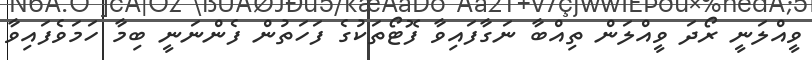
ވީއްލަނީ ރޯދަ ވީއްލަން ތިއްބާ ނަގާފައިވާ ފޮޓޯތަކުގެ ފަހަތުން ފެންނަނީ ބިމާ ހަމަވެފައިވާ